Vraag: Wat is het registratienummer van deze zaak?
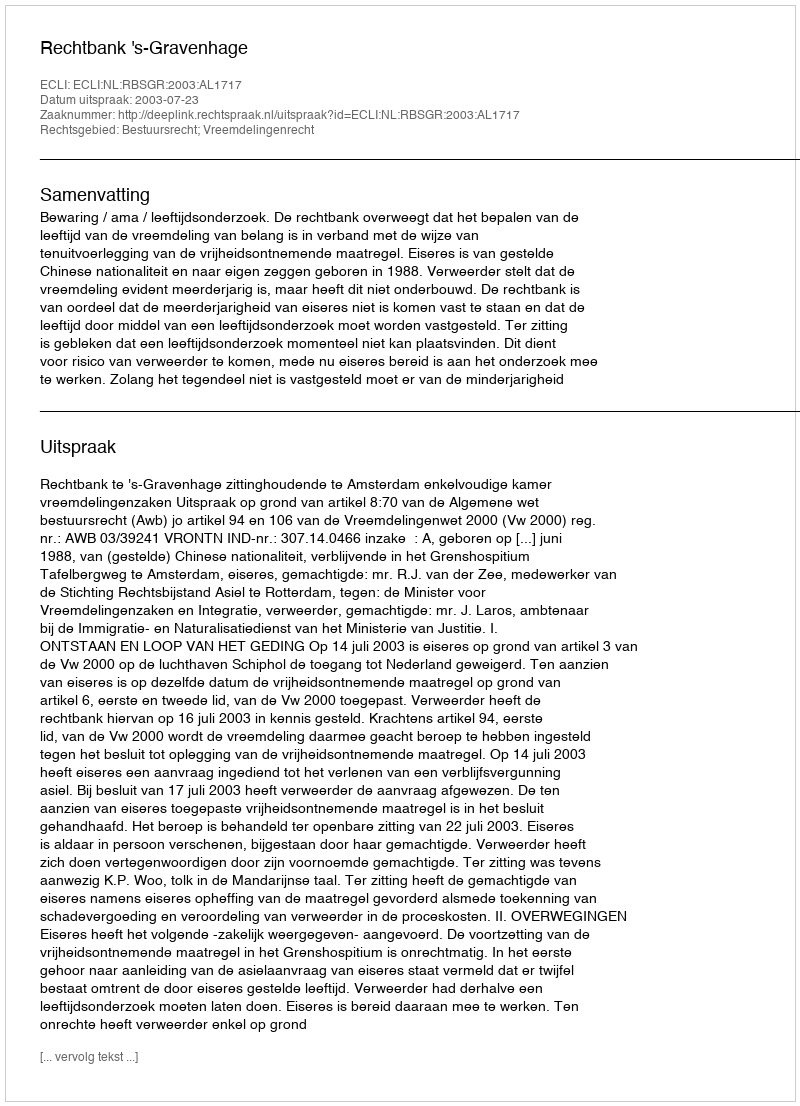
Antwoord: http://deeplink.rechtspraak.nl/uitspraak?id=ECLI:NL:RBSGR:2003:AL1717